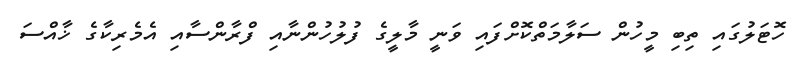
ހޮޓަލުގައި ތިބި މީހުން ސަލާމަތްކޮށްފައި ވަނީ މާލީގެ ފުލުހުންނާއި ފްރާންސާއި އެމެރިކާގެ ޚާއްސަ